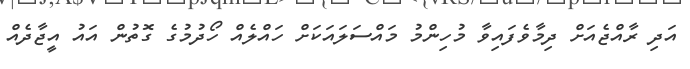
އަދި ރާއްޖެއަށް ދިމާވެފައިވާ މުހިންމު މައްސަލައަކަށް ހައްލެއް ހޯދުމުގެ ގޮތުން އައު އީޖާދެއް